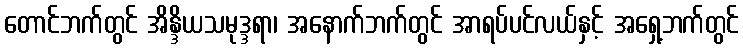
တောင်ဘက်တွင် အိန္ဒိယသမုဒ္ဒရာ၊ အနောက်ဘက်တွင် အာရပ်ပင်လယ်နှင့် အရှေ့ဘက်တွင်